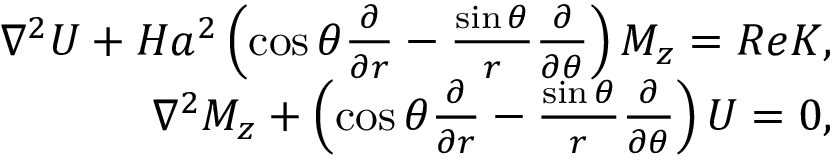
\begin{array} { r } { \nabla ^ { 2 } U + H a ^ { 2 } \left( \cos { \theta } \frac { \partial } { \partial r } - \frac { \sin { \theta } } { r } \frac { \partial } { \partial \theta } \right) M _ { z } = R e K , } \\ { \nabla ^ { 2 } M _ { z } + \left( \cos { \theta } \frac { \partial } { \partial r } - \frac { \sin { \theta } } { r } \frac { \partial } { \partial \theta } \right) U = 0 , } \end{array}